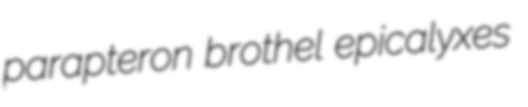
parapteron brothel epicalyxes